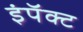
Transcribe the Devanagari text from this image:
इंपॅक्ट